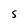
Character: S